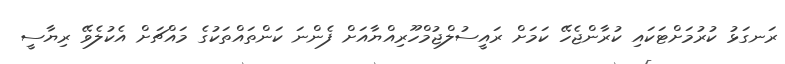
ރަނގަޅު ކުރުމަށްޓަކައި ކުރާންޖެހޭ ކަަމަށް ރައީސުލްޖުމްހޫރިއްޔާއަށް ފެންނަ ކަންތައްތަކުގެ މައްޗަށް އެކުލެވޭ ރިޔާސީ